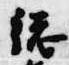
総